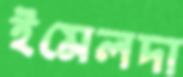
ইমেলদা